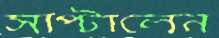
সাপ্‌টালেন